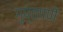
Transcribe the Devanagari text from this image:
गुप्‍तपणें